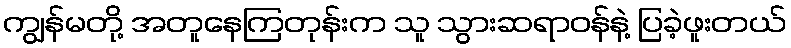
ကျွန်မတို့ အတူနေကြတုန်းက သူ သွားဆရာဝန်နဲ့ ပြခဲ့ဖူးတယ်